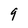
Character: 9